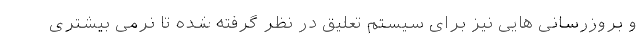
و بروزرسانی هایی نیز برای سیستم تعلیق در نظر گرفته شده تا نرمی بیشتری